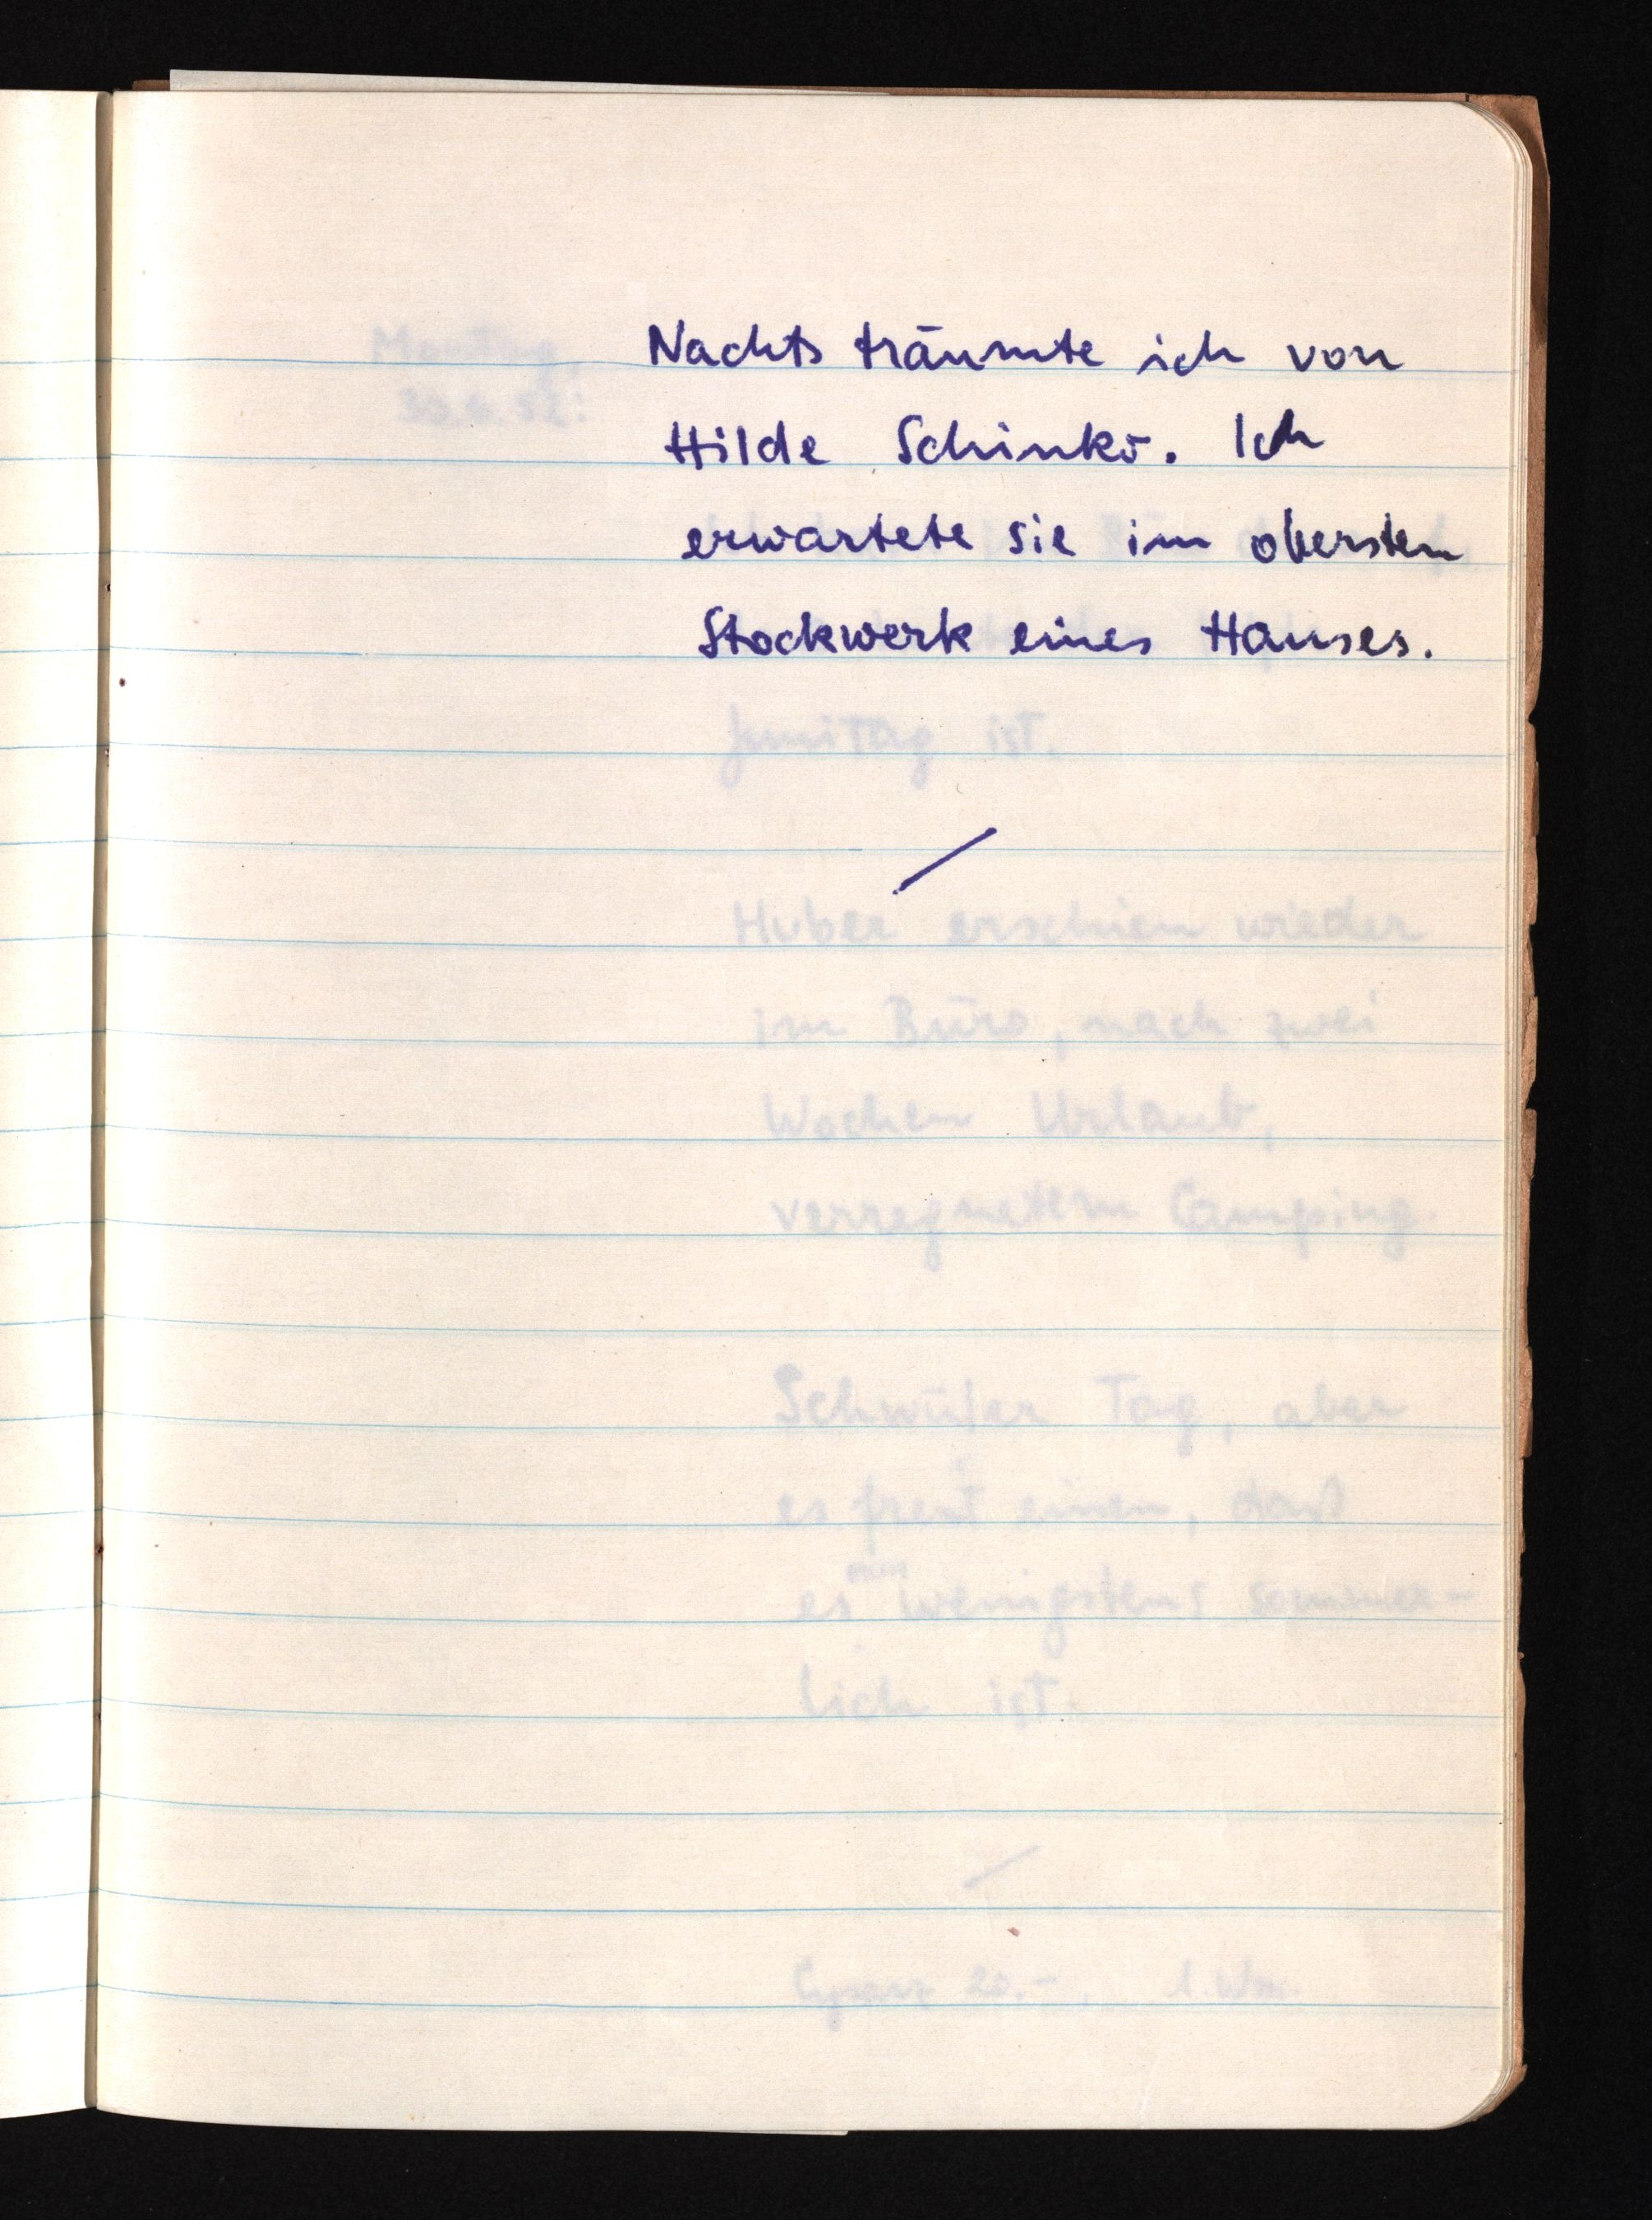
Nachts träumte ich von
Hilde Schinko. Ich
erwartete sie im obersten
Stockwerk eines Hauses.